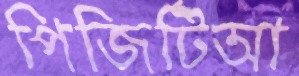
পিজিটিআ